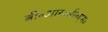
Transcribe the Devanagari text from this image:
बी॰आर॰सी॰एम॰